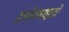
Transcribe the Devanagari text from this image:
इपॉक्साइडों